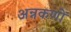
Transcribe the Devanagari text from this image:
अन्नकणों